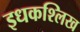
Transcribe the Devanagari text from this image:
इधकश्लिख